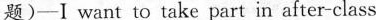
题)—I want to take part in after-class